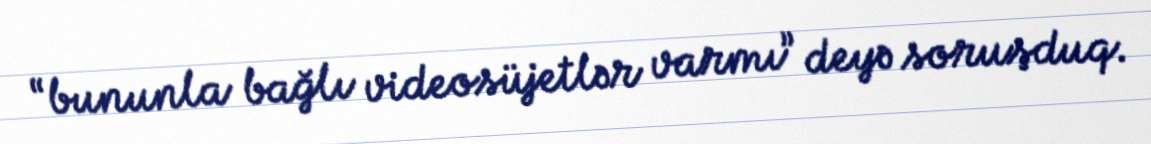
“bununla bağlı videosüjetlər varmı” deyə soruşduq.